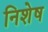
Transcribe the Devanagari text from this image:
निशेष